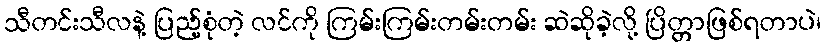
သီတင်းသီလနဲ့ ပြည့်စုံတဲ့ လင်ကို ကြမ်းကြမ်းတမ်းတမ်း ဆဲဆိုခဲ့လို့ ပြိတ္တာဖြစ်ရတာပဲ၊